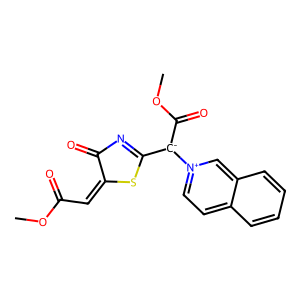
SMILES: COC(=O)C=C1SC([C-](C(=O)OC)[n+]2ccc3ccccc3c2)=NC1=O
Inhibits HIV replication: No